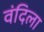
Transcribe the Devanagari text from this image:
वंदिला